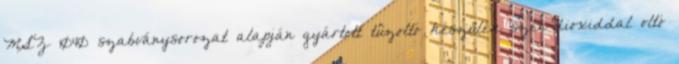
MSZ 1040 szabványsorozat alapján gyártott tûzoltó készülék szén-dioxiddal oltó